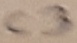
Text: C3